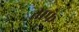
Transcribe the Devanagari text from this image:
ताफे